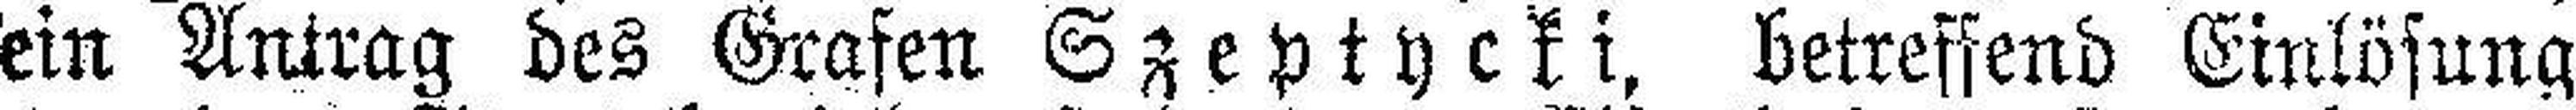
ein Antrag des Grafen Szeptycki, betreffend Einlösung